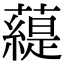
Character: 𧀠